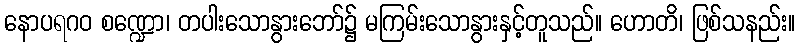
နောပရဂဝ စဏ္ဍော၊ တပါးသောနွားဘော်၌ မကြမ်းသောနွားနှင့်တူသည်။ ဟောတိ၊ ဖြစ်သနည်း။